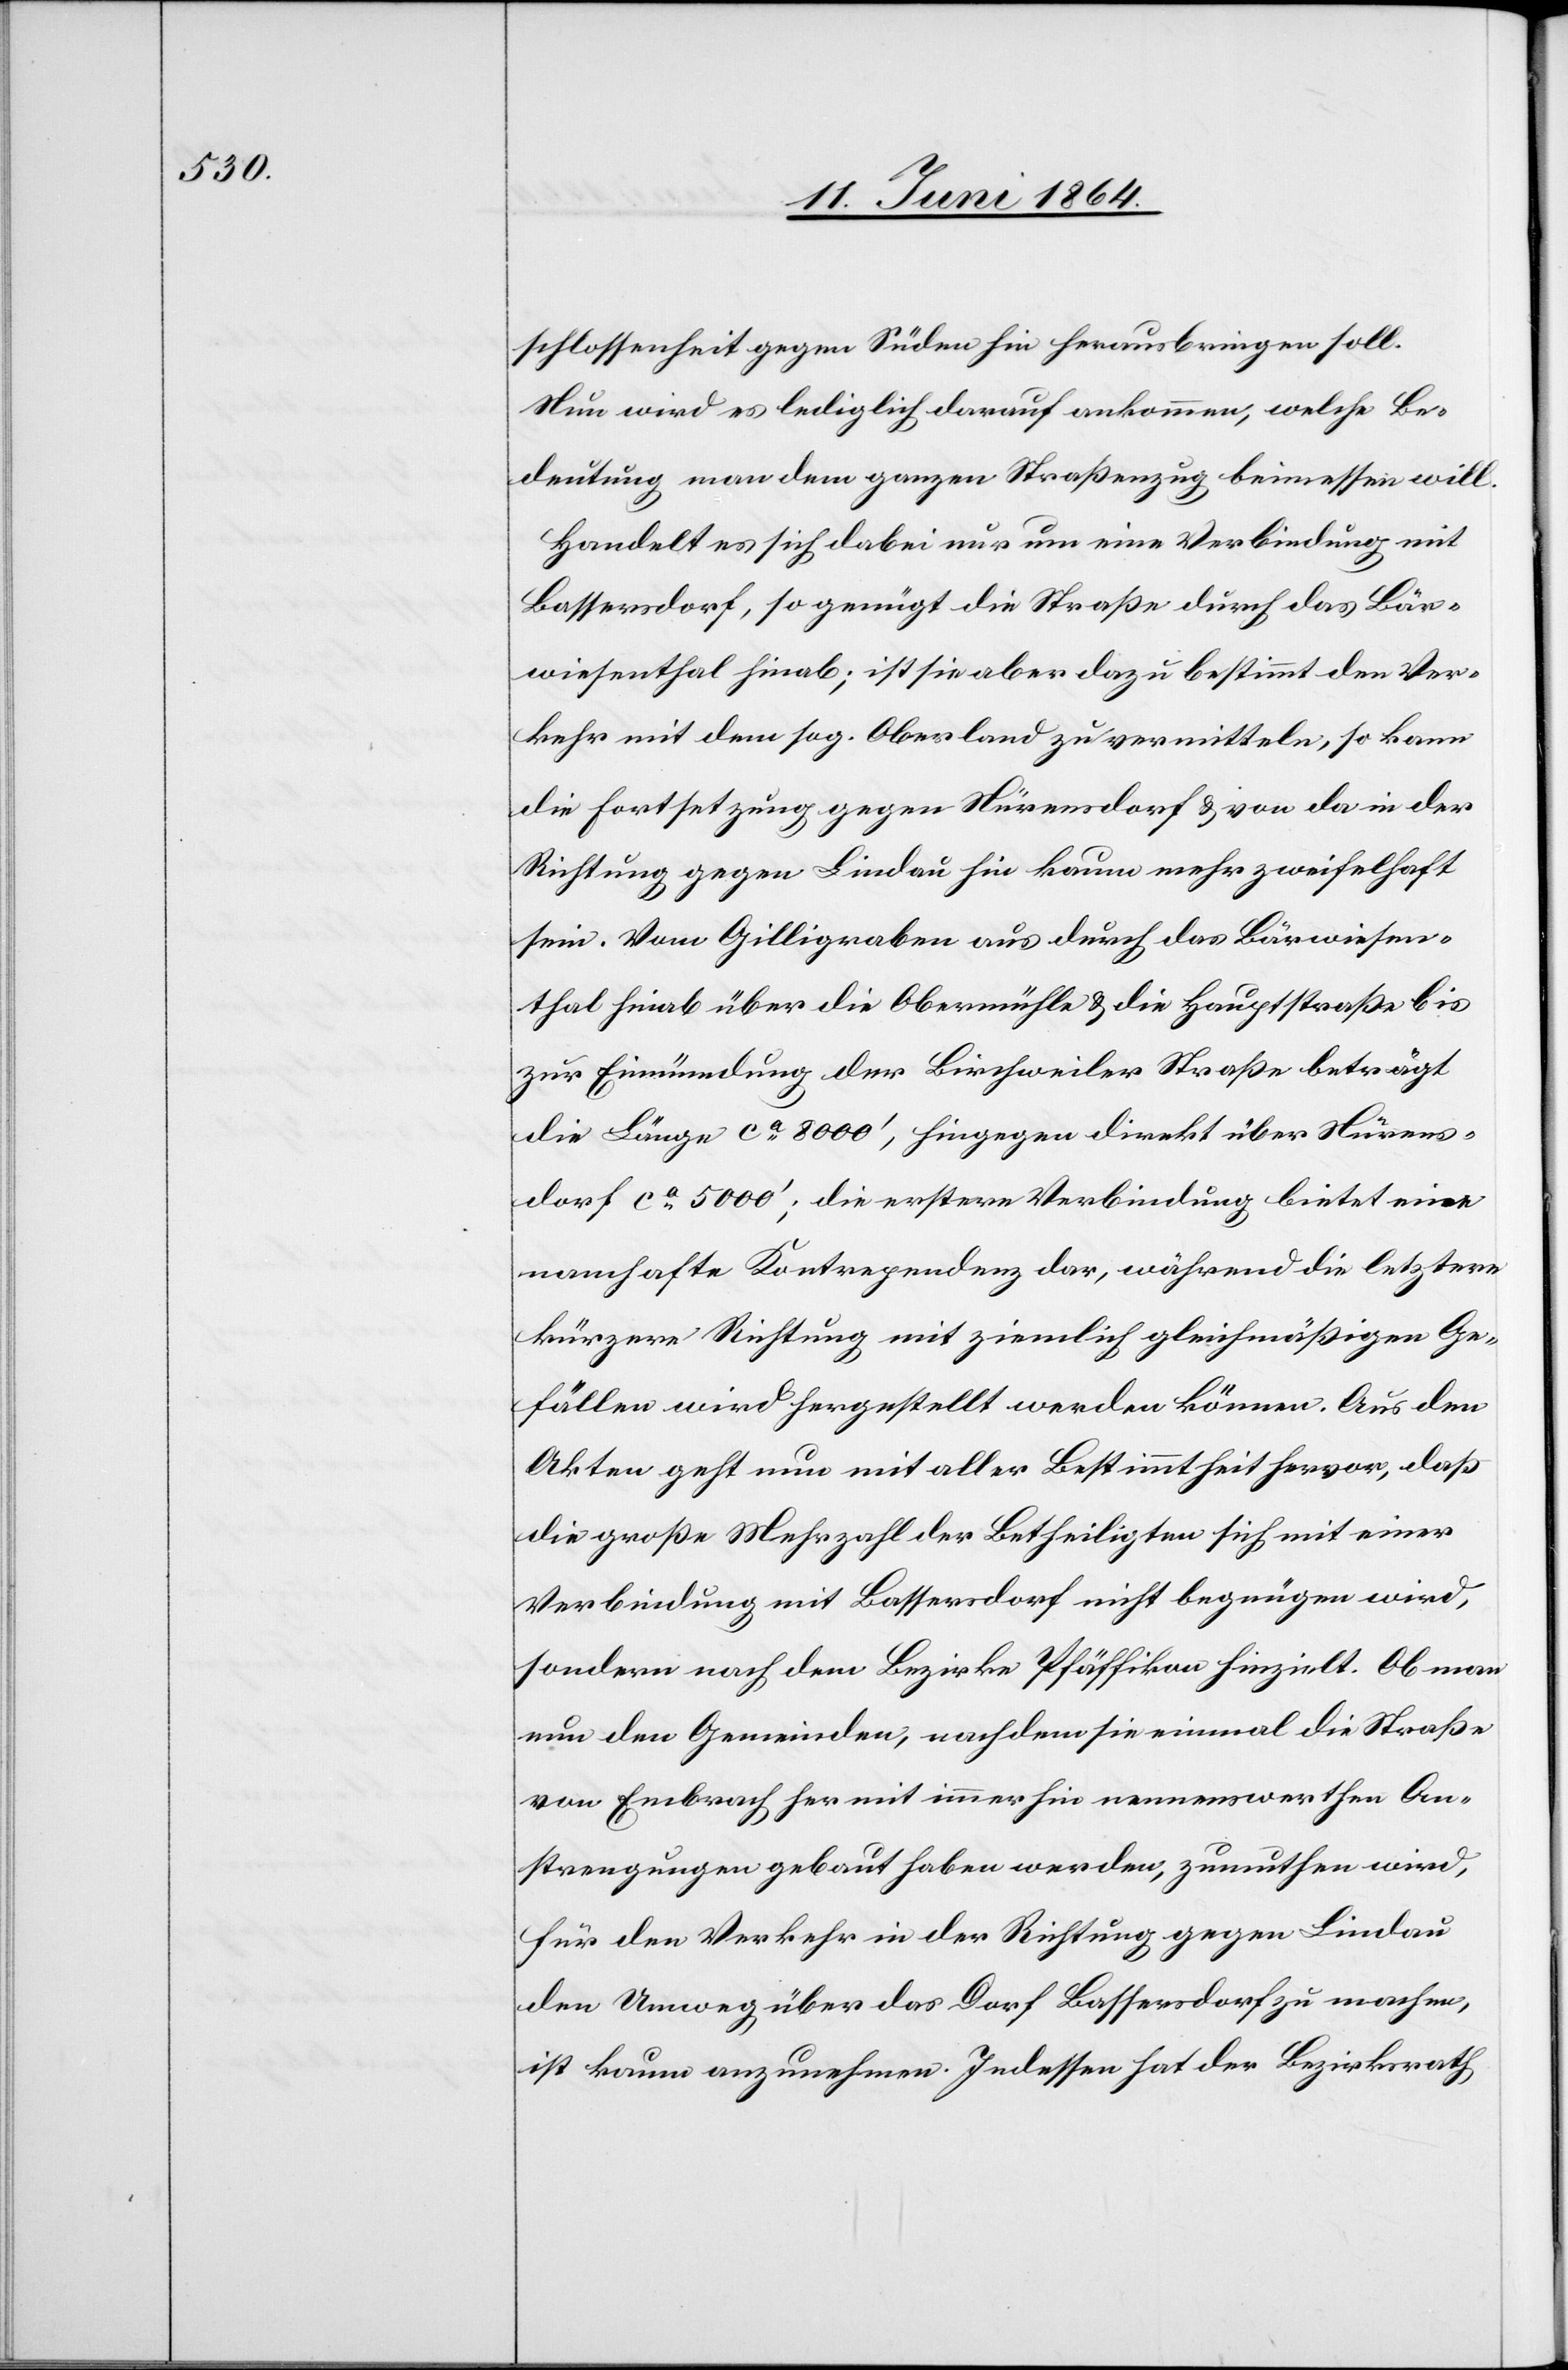
schlossenheit gegen Süden hin herausbringen soll.
Nun wird es lediglich darauf ankommen, welche Be¬
deutung man dem ganzen Straßenzug beimessen will.
Handelt es sich dabei nur um eine Verbindung mit
Bassersdorf, so genügt die Straße durch das Bär¬
wiesenthal hinab; ist sie aber dazu bestimmt den Ver¬
kehr mit dem sog. Oberland zu vermitteln, so kann
die Fortsetzung gegen Nürensdorf u. von da in der
Richtung gegen Lindau hin kaum mehr zweifelhaft
sein. Vom Gilligraben aus durch das Bärwiesen¬
thal hinab über die Obermühle u. die Hauptstraße bis
zur Einmündung der Birchweiler Straße beträgt
die Länge ca 8000’, hingegen direkt über Nürens¬
dorf ca 5000’; die erstere Verbindung bietet eine
namhafte Kontrependenz dar, während die letztere
kürzere Richtung mit ziemlich gleichmäßigen Ge¬
fällen wird hergestellt werden können. Aus den
Akten geht nun mit aller Bestimmtheit hervor, daß
die große Mehrzahl der Betheiligten sich mit einer
Verbindung mit Bassersdorf nicht begnügen wird,
sondern nach dem Bezirke Pfäffikon hinzielt. Ob man
nun den Gemeinden, nachdem sie einmal die Straße
von Embrach her mit immerhin nennenswerthen An¬
strengungen gebaut haben werden, zumuthen wird,
für den Verkehr in der Richtung gegen Lindau
den Umweg über das Dorf Bassersdorf zu machen,
ist kaum anzunehmen. Indessen hat der Bezirksrath